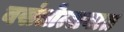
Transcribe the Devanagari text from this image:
वसंतोत्सवात